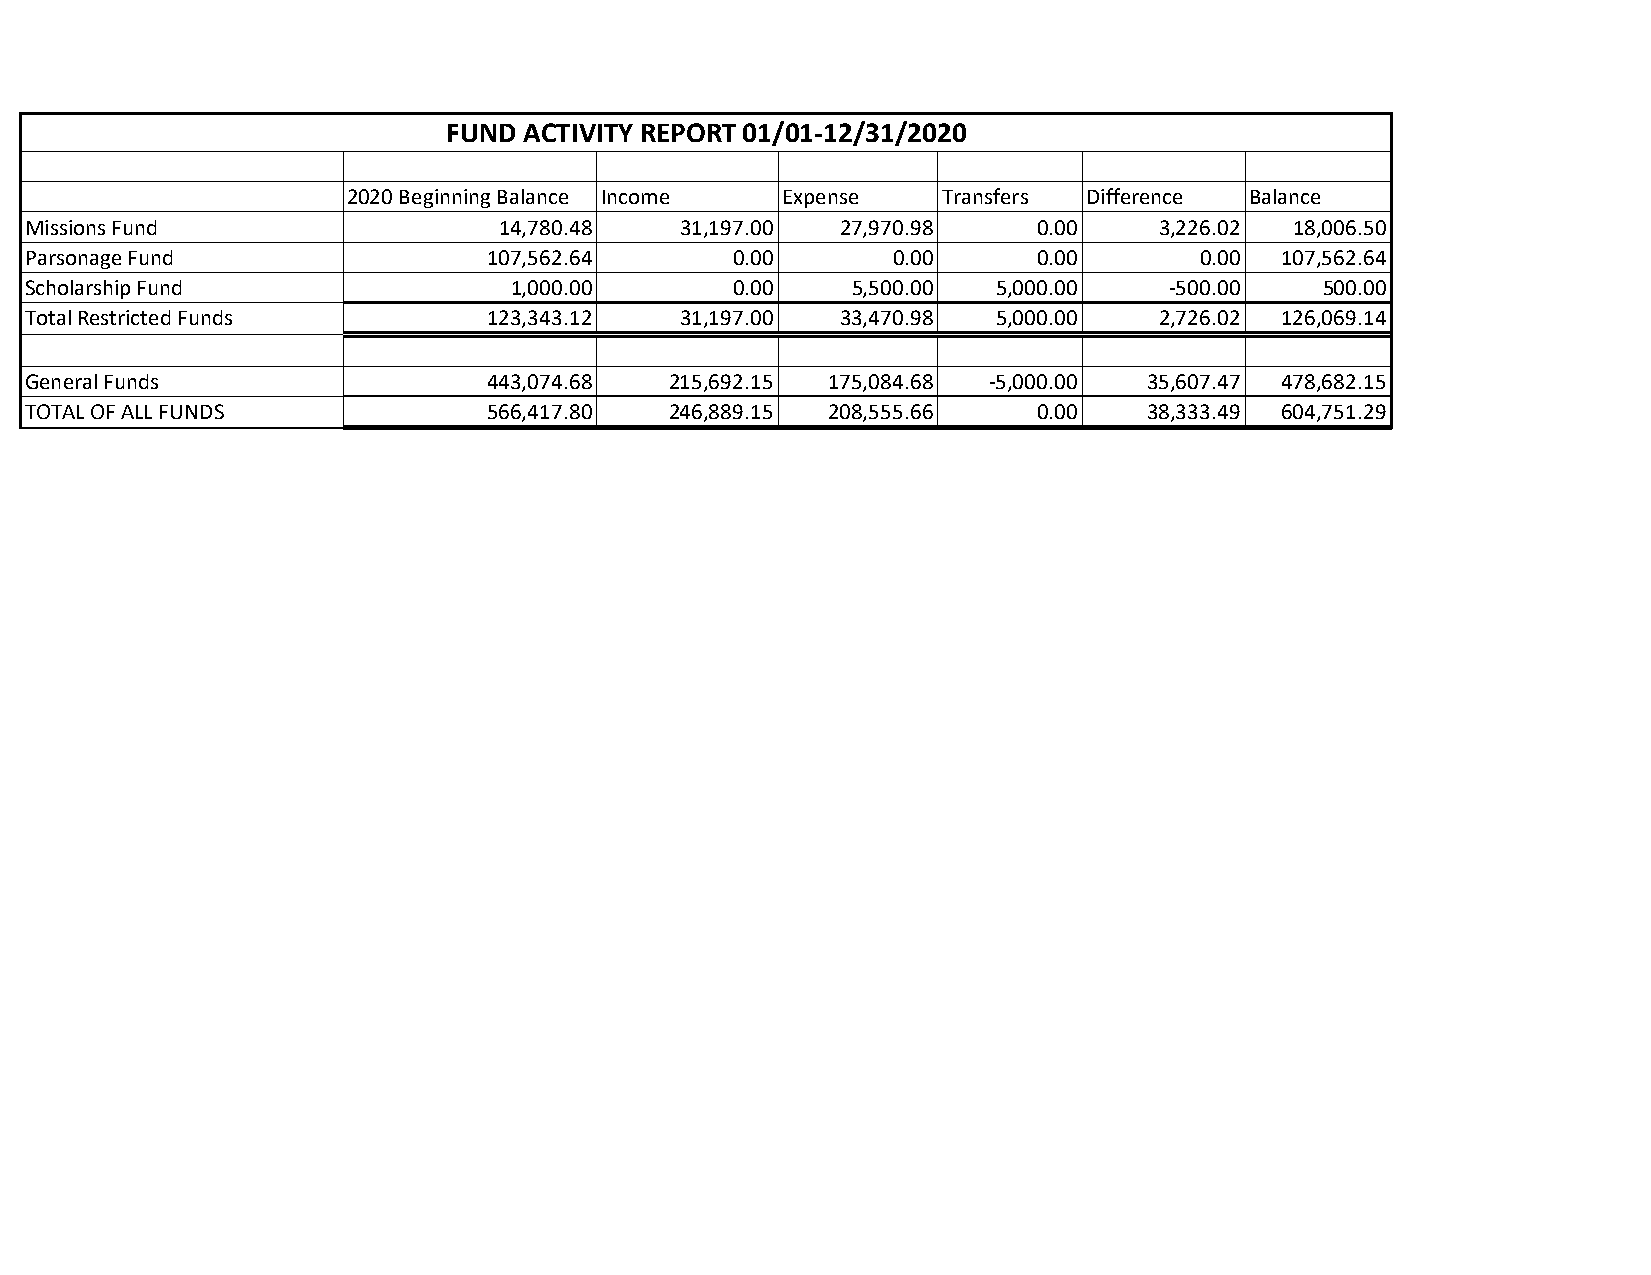
FUND ACTIVITY REPORT 01/01-12/31/2020
 2020 Beginning Balance Income Expense  Transfers Difference Balance
 Missions Fund                  14,780.48   31,197.00  27,970.98    0.00    3,226.02 18,006.50
 Parsonage Fund                107,562.64       0.00      0.00      0.00      0.00  107,562.64
 Scholarship Fund                1,000.00       0.00   5,500.00  5,000.00   -500.00    500.00
 Total Restricted Funds        123,343.12   31,197.00  33,470.98 5,000.00   2,726.02 126,069.14
 General Funds                 443,074.68  215,692.15 175,084.68 -5,000.00 35,607.47 478,682.15
 TOTAL OF ALL FUNDS            566,417.80  246,889.15 208,555.66    0.00   38,333.49 604,751.29